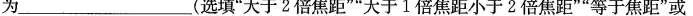
为_________(选填”大于2倍焦距””大于1倍焦距小于2倍焦距””等于焦距”或